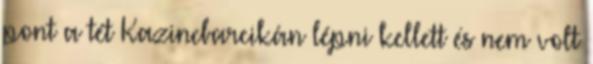
pont a tét Kazincbarcikán lépni kellett és nem volt